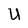
Character: U